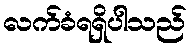
လက်ခံရရှိပါသည်